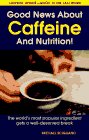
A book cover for Good News About Caffeine and Nutrition; Michael Scigliano; Health, Fitness & Dieting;